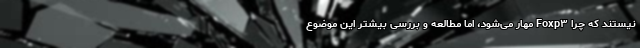
نیستند که چرا Foxp۳ مهار می‌شود، اما مطالعه و بررسی بیشتر این موضوع